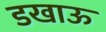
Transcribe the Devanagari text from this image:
डखाऊ